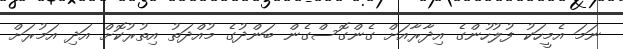
ނަމަ އެމީހަކު ފުލުހުންގެ އިދާރާއަށް ގެންގޮސްގެން ބަންދުގެ މުއްދަތު އިތުރުކޮށް އަދި އަމުރަށް